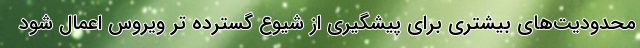
محدودیت‌های بیشتری برای پیشگیری از شیوع گسترده تر ویروس اعمال شود